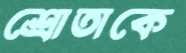
শ্রোতাকে